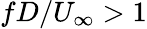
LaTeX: fD/U_{\infty}>1